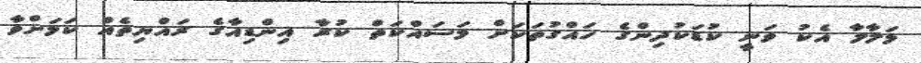
މަލާލާ އެކު ވަނީ ކުޑަކުދިންގެ ހައްގުތަކަށް މަސައްކަތް ކުރާ އިންޑިއާގެ ރައްޔިތެއް ކަމަށްވާ